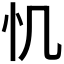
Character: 𢖯